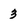
Character: 3